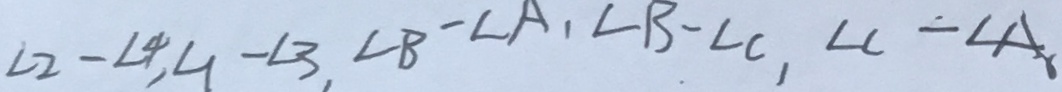
\angle 2 - \angle 4 , \angle 1 - \angle 3 , \angle B - \angle A , \angle B - \angle C , \angle C - \angle A